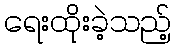
ရေးထိုးခဲ့သည့်